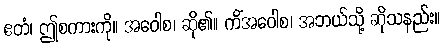
ဧတံ၊ ဤစကားကို။ အဝေါစ၊ ဆို၏။ ကိံအဝေါစ၊ အဘယ်သို့ ဆိုသနည်း။